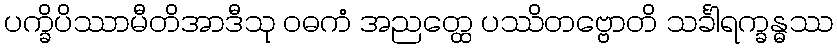
ပက္ခိပိဿာမီတိအာဒီသု ဝဓကံ အညတ္ထေ ပဿိတဗ္ဗောတိ သင်္ခါရက္ခန္ဓဿ